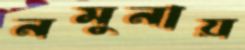
নমুনায়